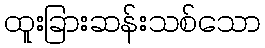
ထူးခြားဆန်းသစ်သော